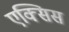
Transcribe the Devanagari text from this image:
एक्‍सिस